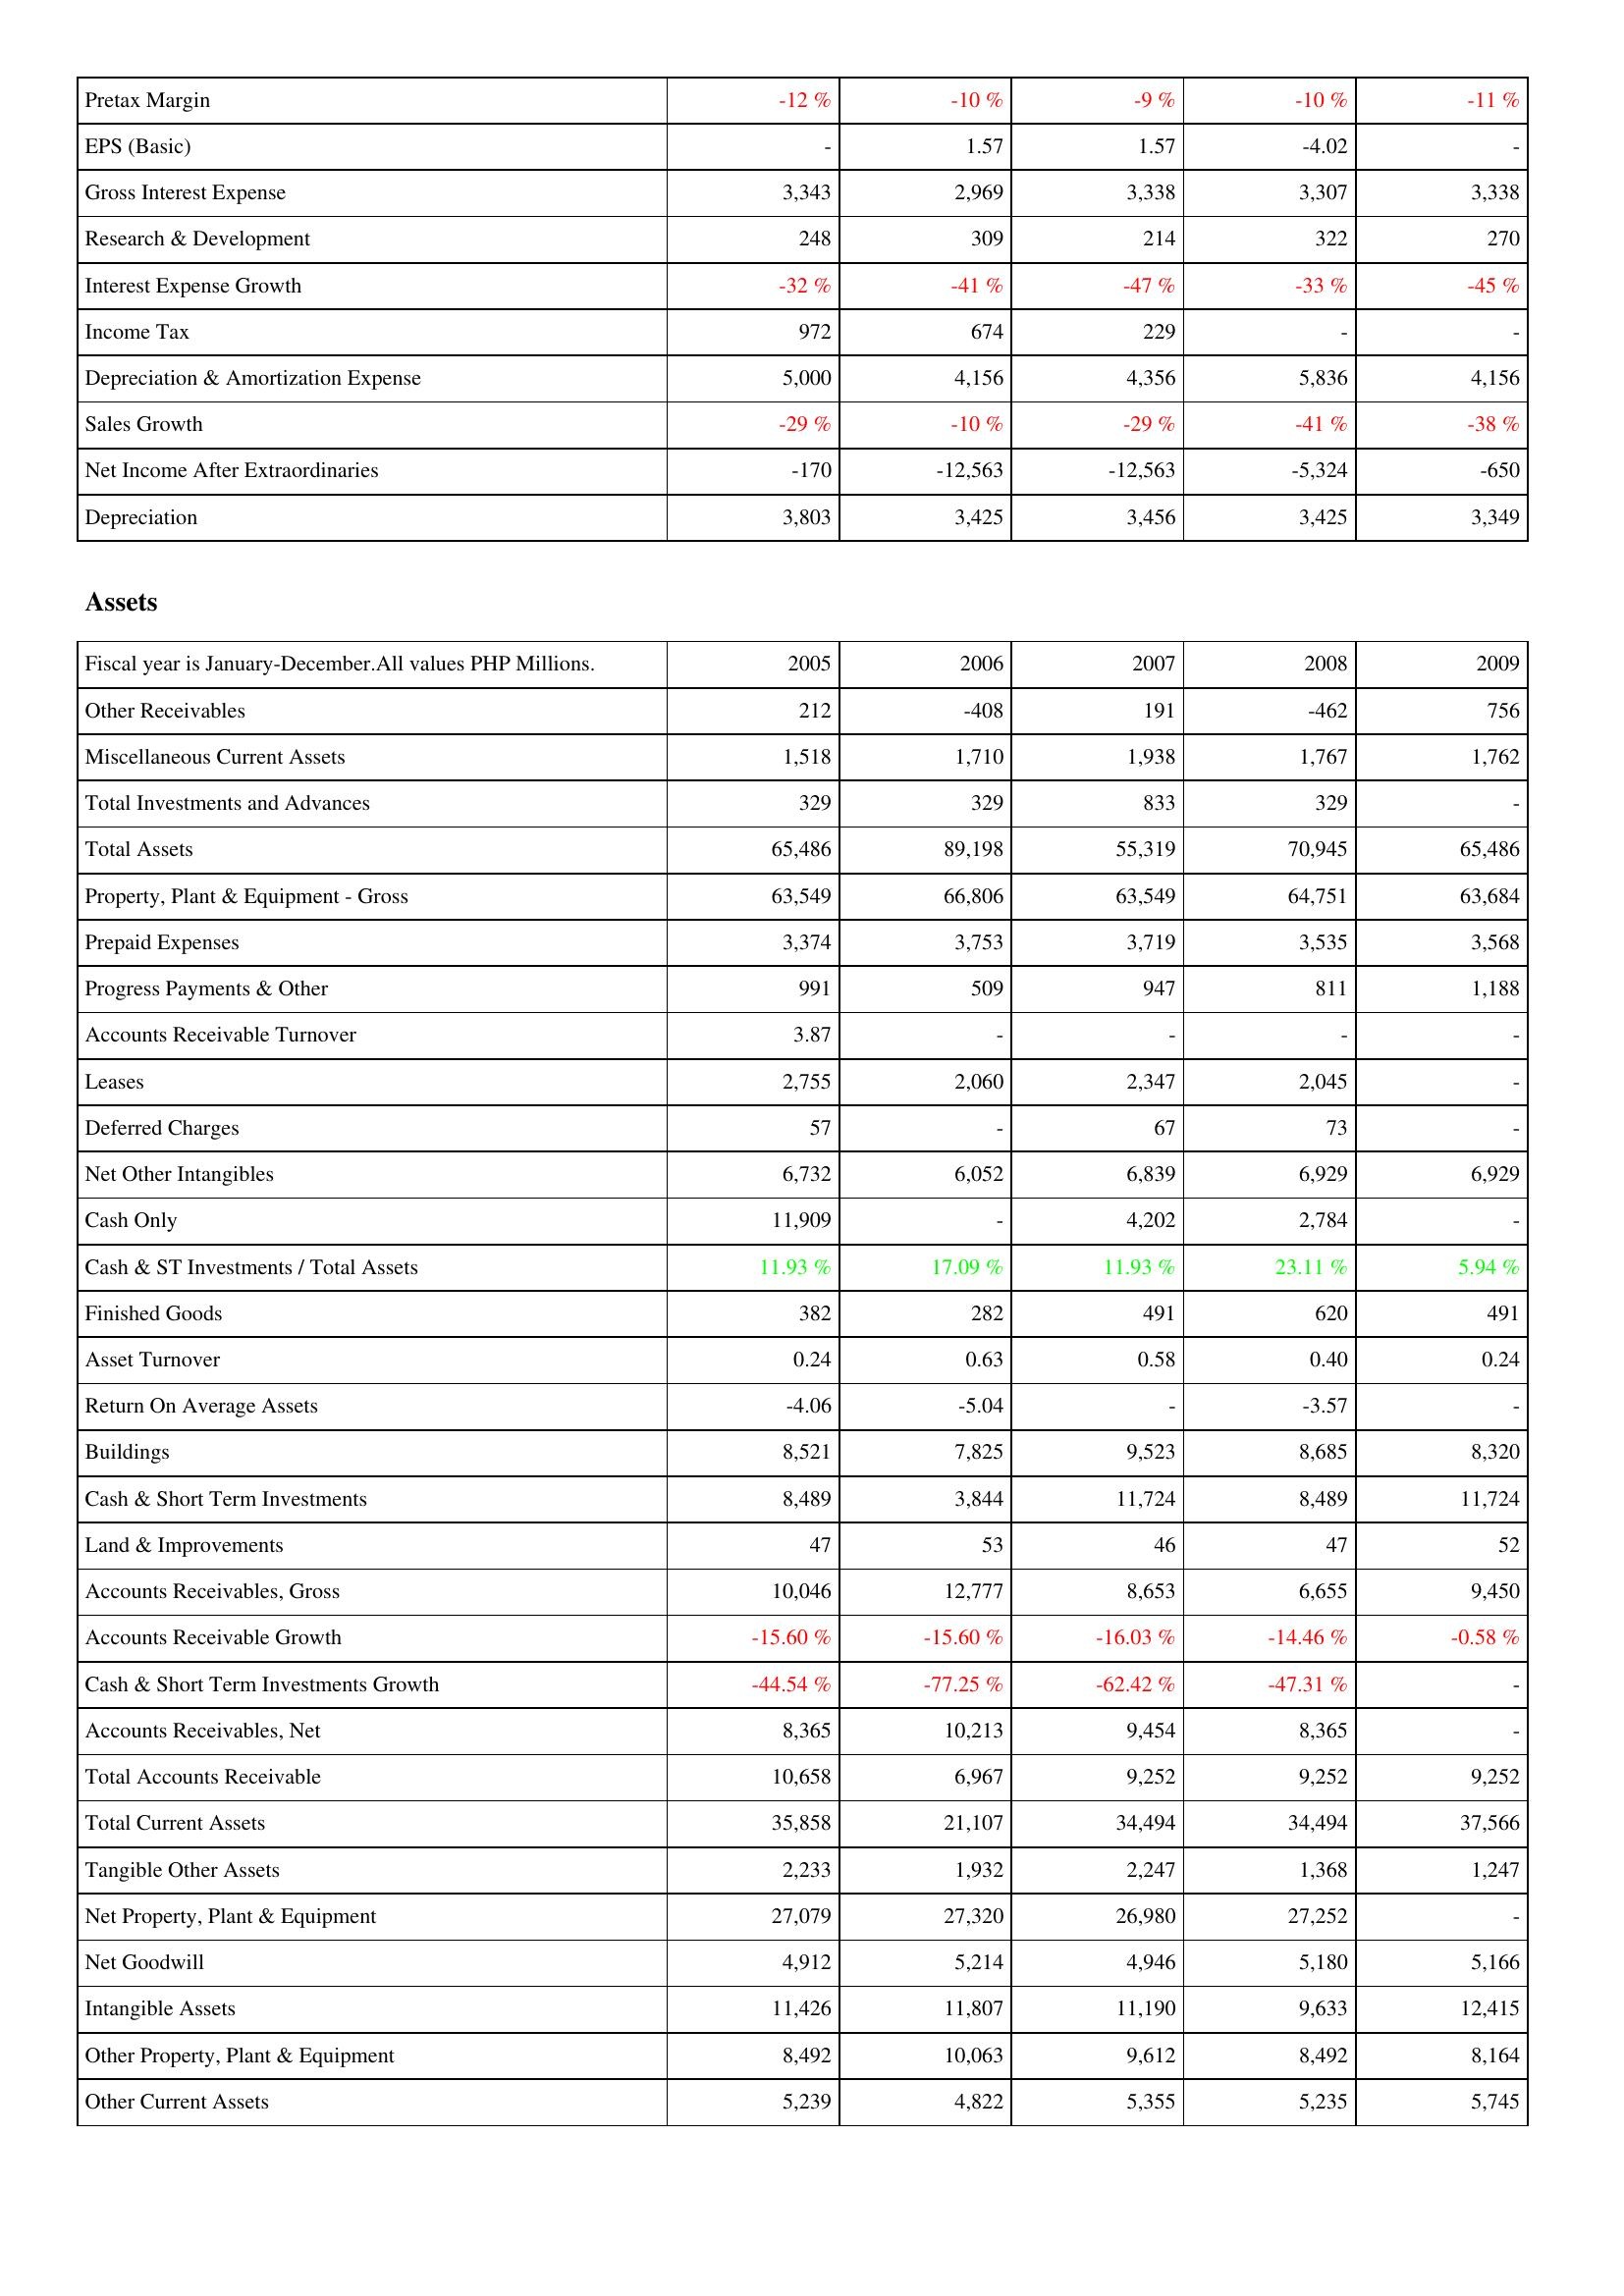
2005: Income Statement: Pretax Margin: -12 %
EPS (Basic): -
Gross Interest Expense: 3,343
Research & Development: 248
Interest Expense Growth: -32 %
Income Tax: 972
Depreciation & Amortization Expense: 5,000
Sales Growth: -29 %
Net Income After Extraordinaries: -170
Depreciation: 3,803
Assets: Other Receivables: 212
Miscellaneous Current Assets: 1,518
Total Investments and Advances: 329
Total Assets: 65,486
Property, Plant & Equipment - Gross: 63,549
Prepaid Expenses: 3,374
Progress Payments & Other: 991
Accounts Receivable Turnover: 3.87
Leases: 2,755
Deferred Charges: 57
Net Other Intangibles: 6,732
Cash Only: 11,909
Cash & ST Investments / Total Assets: 11.93 %
Finished Goods: 382
Asset Turnover: 0.24
Return On Average Assets: -4.06
Buildings: 8,521
Cash & Short Term Investments: 8,489
Land & Improvements: 47
Accounts Receivables, Gross: 10,046
Accounts Receivable Growth: -15.60 %
Cash & Short Term Investments Growth: -44.54 %
Accounts Receivables, Net: 8,365
Total Accounts Receivable: 10,658
Total Current Assets: 35,858
Tangible Other Assets: 2,233
Net Property, Plant & Equipment: 27,079
Net Goodwill: 4,912
Intangible Assets: 11,426
Other Property, Plant & Equipment: 8,492
Other Current Assets: 5,239
2006: Income Statement: Pretax Margin: -10 %
EPS (Basic): 1.57
Gross Interest Expense: 2,969
Research & Development: 309
Interest Expense Growth: -41 %
Income Tax: 674
Depreciation & Amortization Expense: 4,156
Sales Growth: -10 %
Net Income After Extraordinaries: -12,563
Depreciation: 3,425
Assets: Other Receivables: -408
Miscellaneous Current Assets: 1,710
Total Investments and Advances: 329
Total Assets: 89,198
Property, Plant & Equipment - Gross: 66,806
Prepaid Expenses: 3,753
Progress Payments & Other: 509
Accounts Receivable Turnover: -
Leases: 2,060
Deferred Charges: -
Net Other Intangibles: 6,052
Cash Only: -
Cash & ST Investments / Total Assets: 17.09 %
Finished Goods: 282
Asset Turnover: 0.63
Return On Average Assets: -5.04
Buildings: 7,825
Cash & Short Term Investments: 3,844
Land & Improvements: 53
Accounts Receivables, Gross: 12,777
Accounts Receivable Growth: -15.60 %
Cash & Short Term Investments Growth: -77.25 %
Accounts Receivables, Net: 10,213
Total Accounts Receivable: 6,967
Total Current Assets: 21,107
Tangible Other Assets: 1,932
Net Property, Plant & Equipment: 27,320
Net Goodwill: 5,214
Intangible Assets: 11,807
Other Property, Plant & Equipment: 10,063
Other Current Assets: 4,822
2007: Income Statement: Pretax Margin: -9 %
EPS (Basic): 1.57
Gross Interest Expense: 3,338
Research & Development: 214
Interest Expense Growth: -47 %
Income Tax: 229
Depreciation & Amortization Expense: 4,356
Sales Growth: -29 %
Net Income After Extraordinaries: -12,563
Depreciation: 3,456
Assets: Other Receivables: 191
Miscellaneous Current Assets: 1,938
Total Investments and Advances: 833
Total Assets: 55,319
Property, Plant & Equipment - Gross: 63,549
Prepaid Expenses: 3,719
Progress Payments & Other: 947
Accounts Receivable Turnover: -
Leases: 2,347
Deferred Charges: 67
Net Other Intangibles: 6,839
Cash Only: 4,202
Cash & ST Investments / Total Assets: 11.93 %
Finished Goods: 491
Asset Turnover: 0.58
Return On Average Assets: -
Buildings: 9,523
Cash & Short Term Investments: 11,724
Land & Improvements: 46
Accounts Receivables, Gross: 8,653
Accounts Receivable Growth: -16.03 %
Cash & Short Term Investments Growth: -62.42 %
Accounts Receivables, Net: 9,454
Total Accounts Receivable: 9,252
Total Current Assets: 34,494
Tangible Other Assets: 2,247
Net Property, Plant & Equipment: 26,980
Net Goodwill: 4,946
Intangible Assets: 11,190
Other Property, Plant & Equipment: 9,612
Other Current Assets: 5,355
2008: Income Statement: Pretax Margin: -10 %
EPS (Basic): -4.02
Gross Interest Expense: 3,307
Research & Development: 322
Interest Expense Growth: -33 %
Income Tax: -
Depreciation & Amortization Expense: 5,836
Sales Growth: -41 %
Net Income After Extraordinaries: -5,324
Depreciation: 3,425
Assets: Other Receivables: -462
Miscellaneous Current Assets: 1,767
Total Investments and Advances: 329
Total Assets: 70,945
Property, Plant & Equipment - Gross: 64,751
Prepaid Expenses: 3,535
Progress Payments & Other: 811
Accounts Receivable Turnover: -
Leases: 2,045
Deferred Charges: 73
Net Other Intangibles: 6,929
Cash Only: 2,784
Cash & ST Investments / Total Assets: 23.11 %
Finished Goods: 620
Asset Turnover: 0.40
Return On Average Assets: -3.57
Buildings: 8,685
Cash & Short Term Investments: 8,489
Land & Improvements: 47
Accounts Receivables, Gross: 6,655
Accounts Receivable Growth: -14.46 %
Cash & Short Term Investments Growth: -47.31 %
Accounts Receivables, Net: 8,365
Total Accounts Receivable: 9,252
Total Current Assets: 34,494
Tangible Other Assets: 1,368
Net Property, Plant & Equipment: 27,252
Net Goodwill: 5,180
Intangible Assets: 9,633
Other Property, Plant & Equipment: 8,492
Other Current Assets: 5,235
2009: Income Statement: Pretax Margin: -11 %
EPS (Basic): -
Gross Interest Expense: 3,338
Research & Development: 270
Interest Expense Growth: -45 %
Income Tax: -
Depreciation & Amortization Expense: 4,156
Sales Growth: -38 %
Net Income After Extraordinaries: -650
Depreciation: 3,349
Assets: Other Receivables: 756
Miscellaneous Current Assets: 1,762
Total Investments and Advances: -
Total Assets: 65,486
Property, Plant & Equipment - Gross: 63,684
Prepaid Expenses: 3,568
Progress Payments & Other: 1,188
Accounts Receivable Turnover: -
Leases: -
Deferred Charges: -
Net Other Intangibles: 6,929
Cash Only: -
Cash & ST Investments / Total Assets: 5.94 %
Finished Goods: 491
Asset Turnover: 0.24
Return On Average Assets: -
Buildings: 8,320
Cash & Short Term Investments: 11,724
Land & Improvements: 52
Accounts Receivables, Gross: 9,450
Accounts Receivable Growth: -0.58 %
Cash & Short Term Investments Growth: -
Accounts Receivables, Net: -
Total Accounts Receivable: 9,252
Total Current Assets: 37,566
Tangible Other Assets: 1,247
Net Property, Plant & Equipment: -
Net Goodwill: 5,166
Intangible Assets: 12,415
Other Property, Plant & Equipment: 8,164
Other Current Assets: 5,745